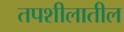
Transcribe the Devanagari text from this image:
तपशीलातील